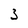
Character: 3